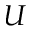
U